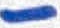
Text: -